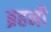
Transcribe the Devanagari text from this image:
ब्रहनी